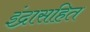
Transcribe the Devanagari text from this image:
इंद्रासहित